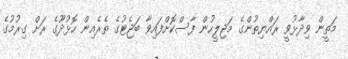
މަތީން ވިދާޅުވީ ރައްޔިތުންގެ މަޖިލީހުން ފާސްކޮށްފައިވާ ބަޖެޓުގެ ތެރެއިން ހޮޅުދޫގެ ރަށް ގިރުމުގެ